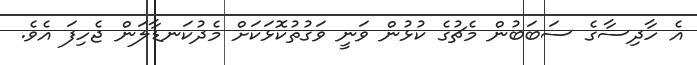
އެ ހާދިސާގެ ސަބަބުން މެޗުގެ ކުޅުން ވަނީ ވަގުތުކޮޅަކަށް މެދުކަނޑާލަން ޖެހިފަ އެވެ.